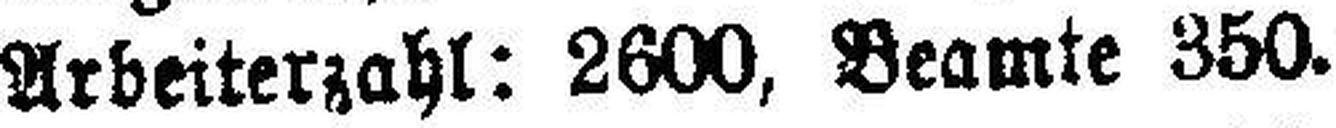
Arbeiterzahl: 2600, Beamte 350.